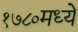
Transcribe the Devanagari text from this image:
१७८०मध्ये